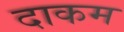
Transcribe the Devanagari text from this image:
दाकम